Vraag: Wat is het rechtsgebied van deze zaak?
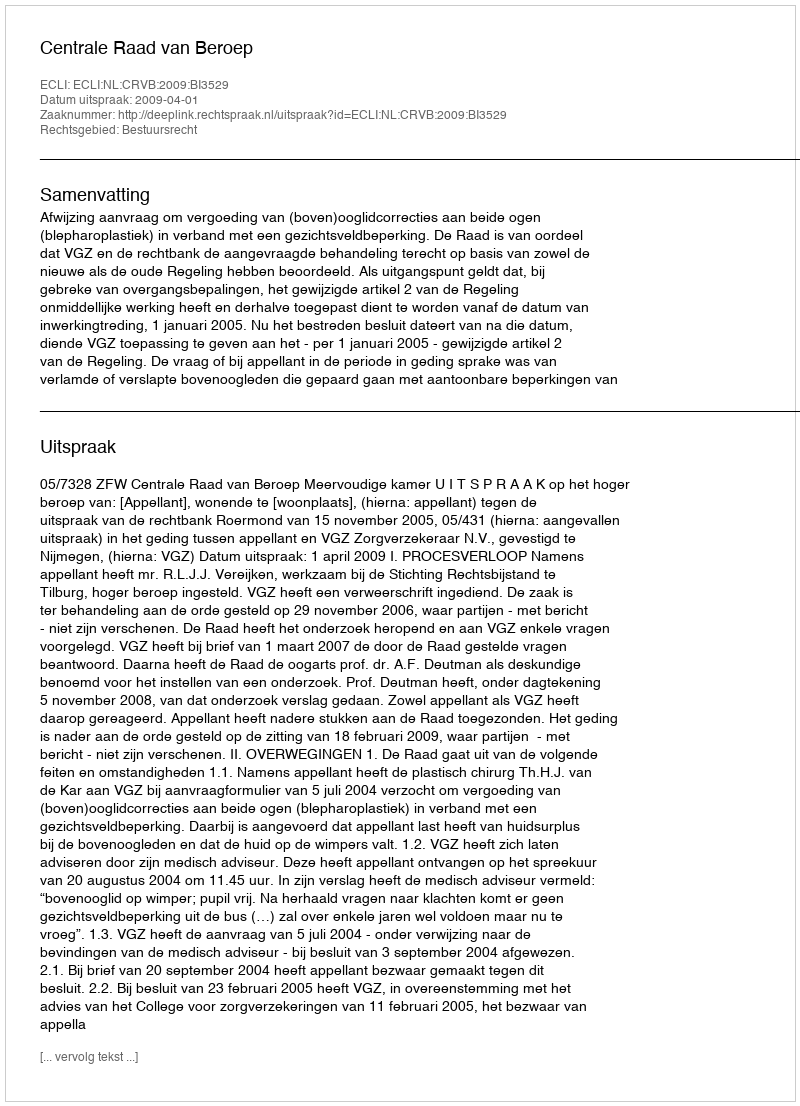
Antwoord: Bestuursrecht